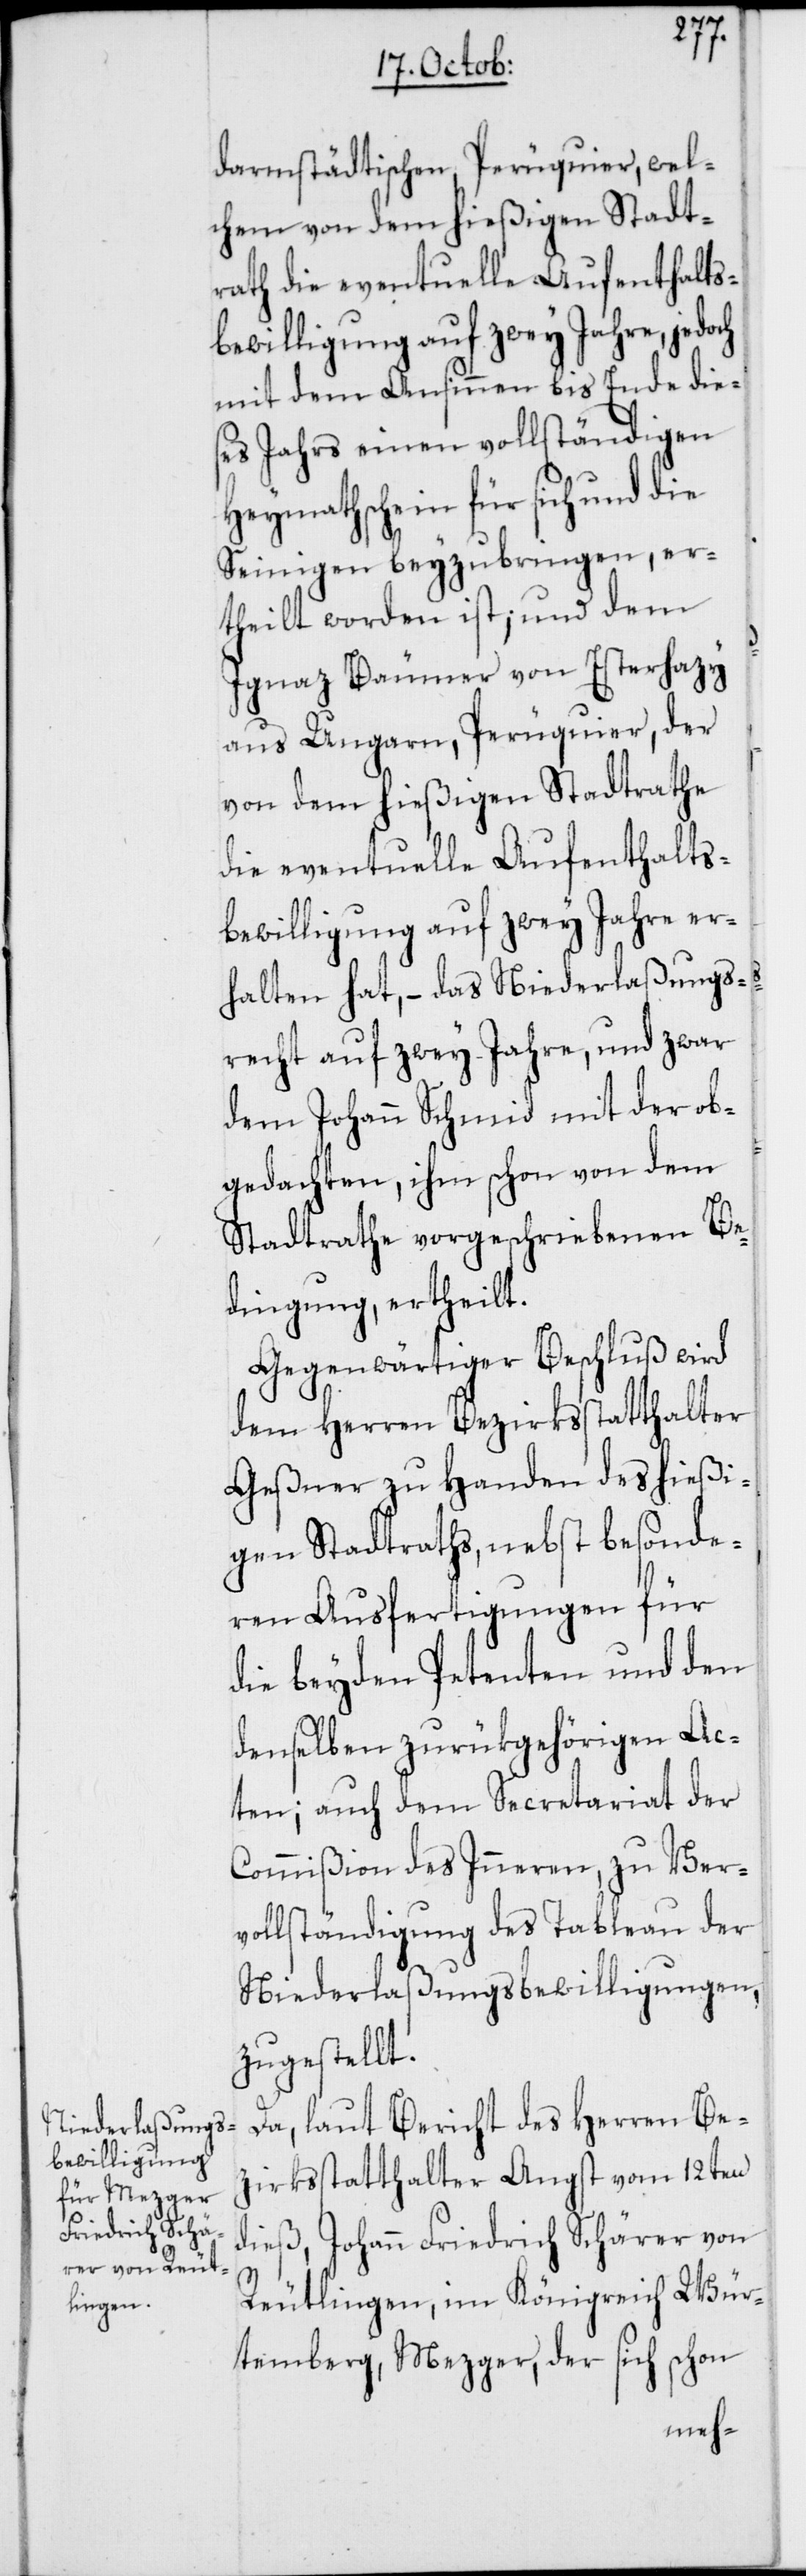
darmstädtischen, Perüquier, wel¬
chem von dem hießigen Stadt¬
rath die eventuelle Aufenthalts¬
bewilligung auf zwey Jahre, jedoch
mit dem Ansinnen bis Ende die¬
ses Jahrs einen vollständigen
Heymathschein für sich und die
Seinigen beyzubringen, er¬
theilt worden ist; und dem
Ignaz Bäumer von Esterhazy
aus Ungarn, Perüquier, der
von dem hießigen Stadtrathe
die eventuelle Aufenthalts¬
bewilligung auf zwey Jahre er¬
halten hat, – das Niederlaßungs¬
recht auf zwey Jahre, und zwar
dem Johann Schmid mit der ob¬
gedachten, ihm schon von dem
Stadtrathe vorgeschriebenen Be¬
dingung, ertheilt.
Gegenwärtiger Beschluß wird
dem Herren Bezirksstatthalter
Geßner zu Handen des hießi¬
gen Stadtraths, nebst besonde¬
ren Ausfertigungen für
die beyden Petenten und den
denselben zurükgehörigen Ac¬
ten; auch dem Secretariat der
Commißion des Inneren, zu Ver¬
vollständigung des Tableau der
Niederlaßungsbewilligungen,
zugestellt.
Da, laut Bericht des Herren Be¬
zirksstatthalter Angst vom 12ten
dieß, Johann Friedrich Schärer von
Reutlingen im Königreich Wür¬
temberg, Mezger, der sich schon